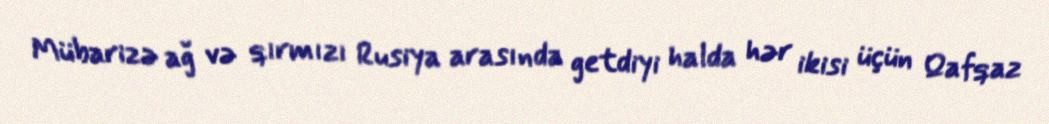
Mübarizə ağ və qırmızı Rusiya arasında getdiyi halda hər ikisi üçün Qafqaz